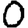
Digit: 0